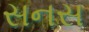
સનસ